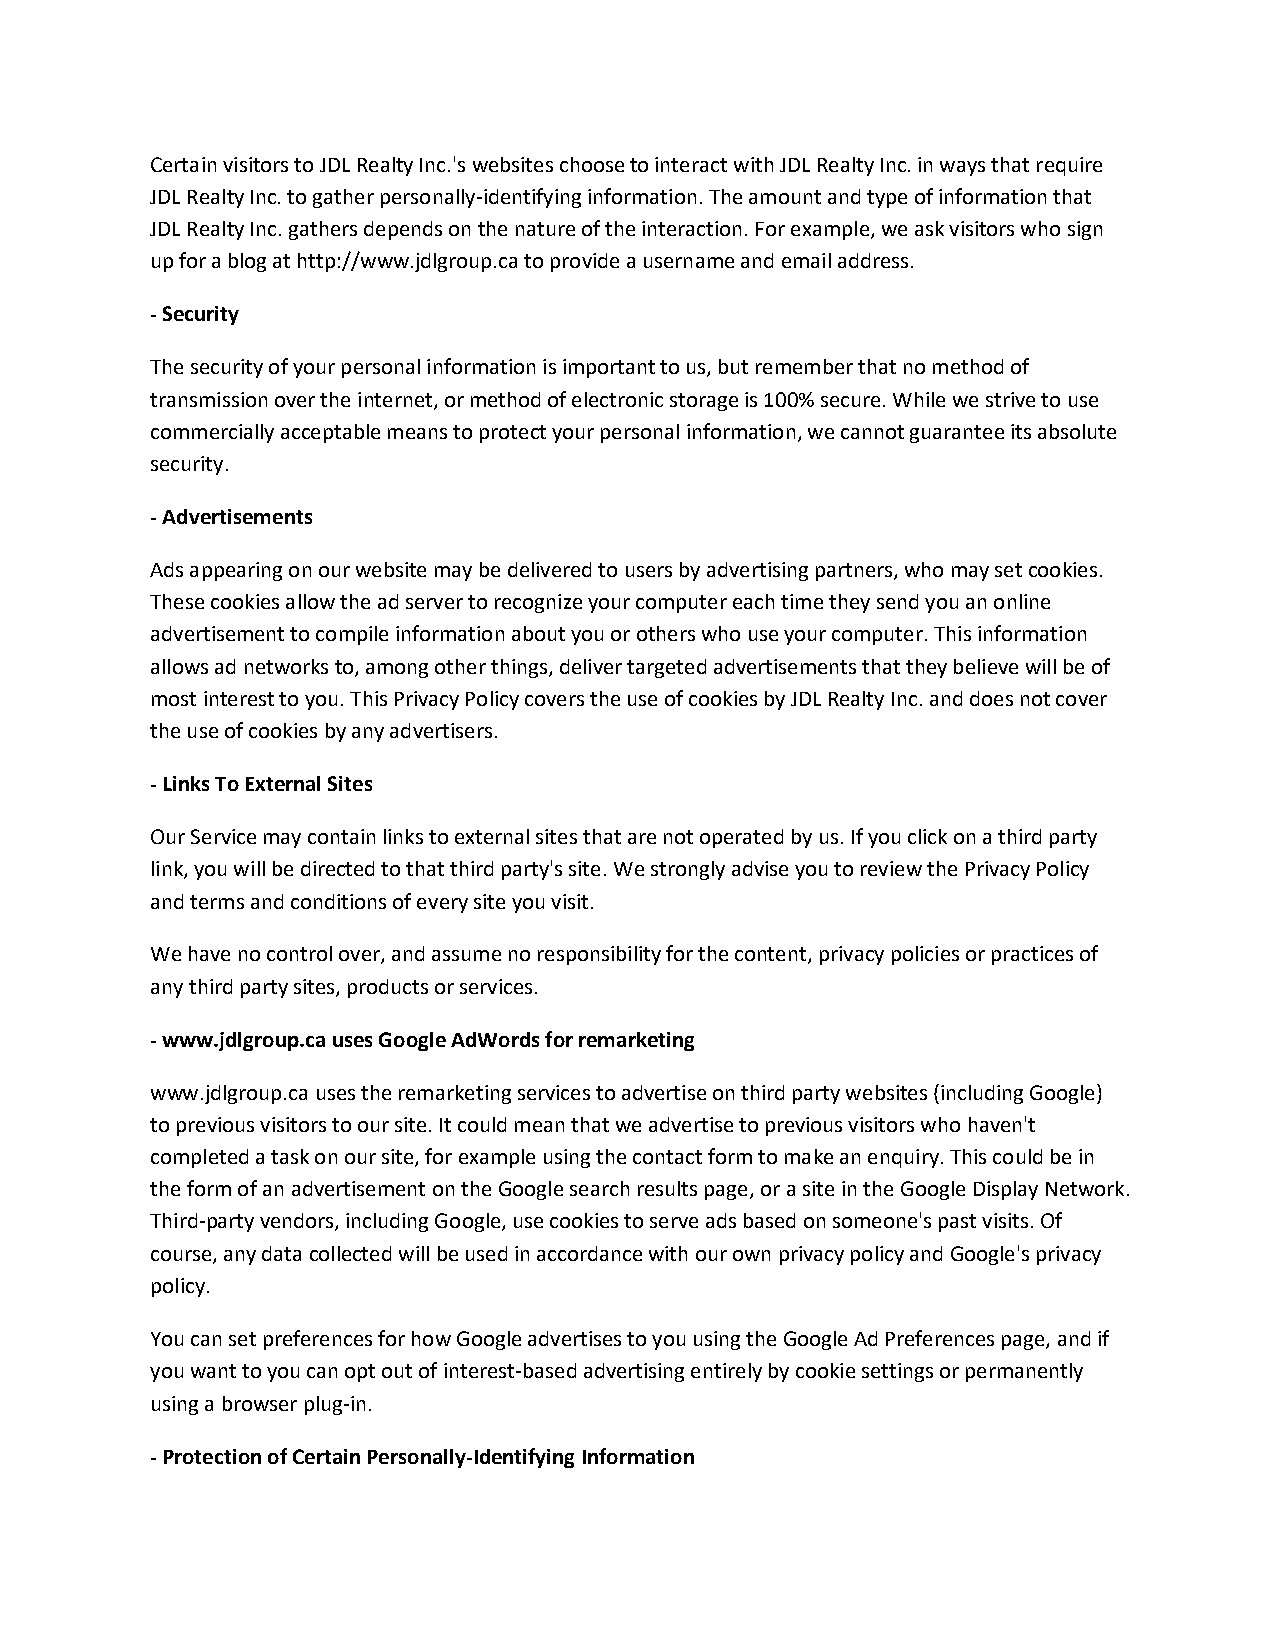
Certain visitors to JDL Realty Inc.'s websites choose to interact with JDL Realty Inc. in ways that require
 JDL Realty Inc. to gather personally-identifying information. The amount and type of information that
 JDL Realty Inc. gathers depends on the nature of the interaction. For example, we ask visitors who sign
 up for a blog at http://www.jdlgroup.ca to provide a username and email address.
 - Security
 The security of your personal information is important to us, but remember that no method of
 transmission over the internet, or method of electronic storage is 100% secure. While we strive to use
 commercially acceptable means to protect your personal information, we cannot guarantee its absolute
 security.
 - Advertisements
 Ads appearing on our website may be delivered to users by advertising partners, who may set cookies.
 These cookies allow the ad server to recognize your computer each time they send you an online
 advertisement to compile information about you or others who use your computer. This information
 allows ad networks to, among other things, deliver targeted advertisements that they believe will be of
 most interest to you. This Privacy Policy covers the use of cookies by JDL Realty Inc. and does not cover
 the use of cookies by any advertisers.
 - Links To External Sites
 Our Service may contain links to external sites that are not operated by us. If you click on a third party
 link, you will be directed to that third party's site. We strongly advise you to review the Privacy Policy
 and terms and conditions of every site you visit.
 We have no control over, and assume no responsibility for the content, privacy policies or practices of
 any third party sites, products or services.
 - www.jdlgroup.ca uses Google AdWords for remarketing
 www.jdlgroup.ca uses the remarketing services to advertise on third party websites (including Google)
 to previous visitors to our site. It could mean that we advertise to previous visitors who haven't
 completed a task on our site, for example using the contact form to make an enquiry. This could be in
 the form of an advertisement on the Google search results page, or a site in the Google Display Network.
 Third-party vendors, including Google, use cookies to serve ads based on someone's past visits. Of
 course, any data collected will be used in accordance with our own privacy policy and Google's privacy
 policy.
 You can set preferences for how Google advertises to you using the Google Ad Preferences page, and if
 you want to you can opt out of interest-based advertising entirely by cookie settings or permanently
 using a browser plug-in.
 - Protection of Certain Personally-Identifying Information